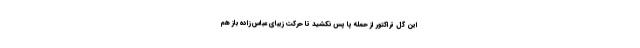
این گل تراکتور از حمله پا پس نکشید تا حرکت زیبای عباس‌زاده باز هم